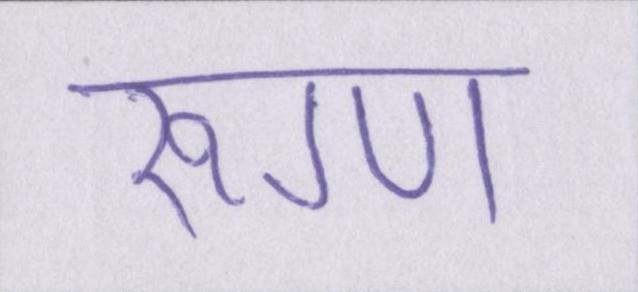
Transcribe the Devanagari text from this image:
रूग्ण